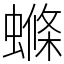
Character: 螩